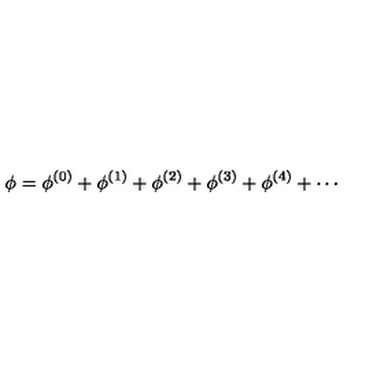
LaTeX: \phi = \phi ^ { ( 0 ) } + \phi ^ { ( 1 ) } + \phi ^ { ( 2 ) } + \phi ^ { ( 3 ) } + \phi ^ { ( 4 ) } + \cdots